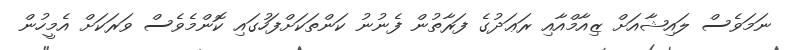
ނަމަވެސް ލައިޝާއަށް ޒިއާމްއާއި ރަޢަދުގެ ފަރާތުން ފެނުނު ކަންތަކަށްފަހުގައި ކޮންމެވެސް ވަރަކަށް އެމީހުން